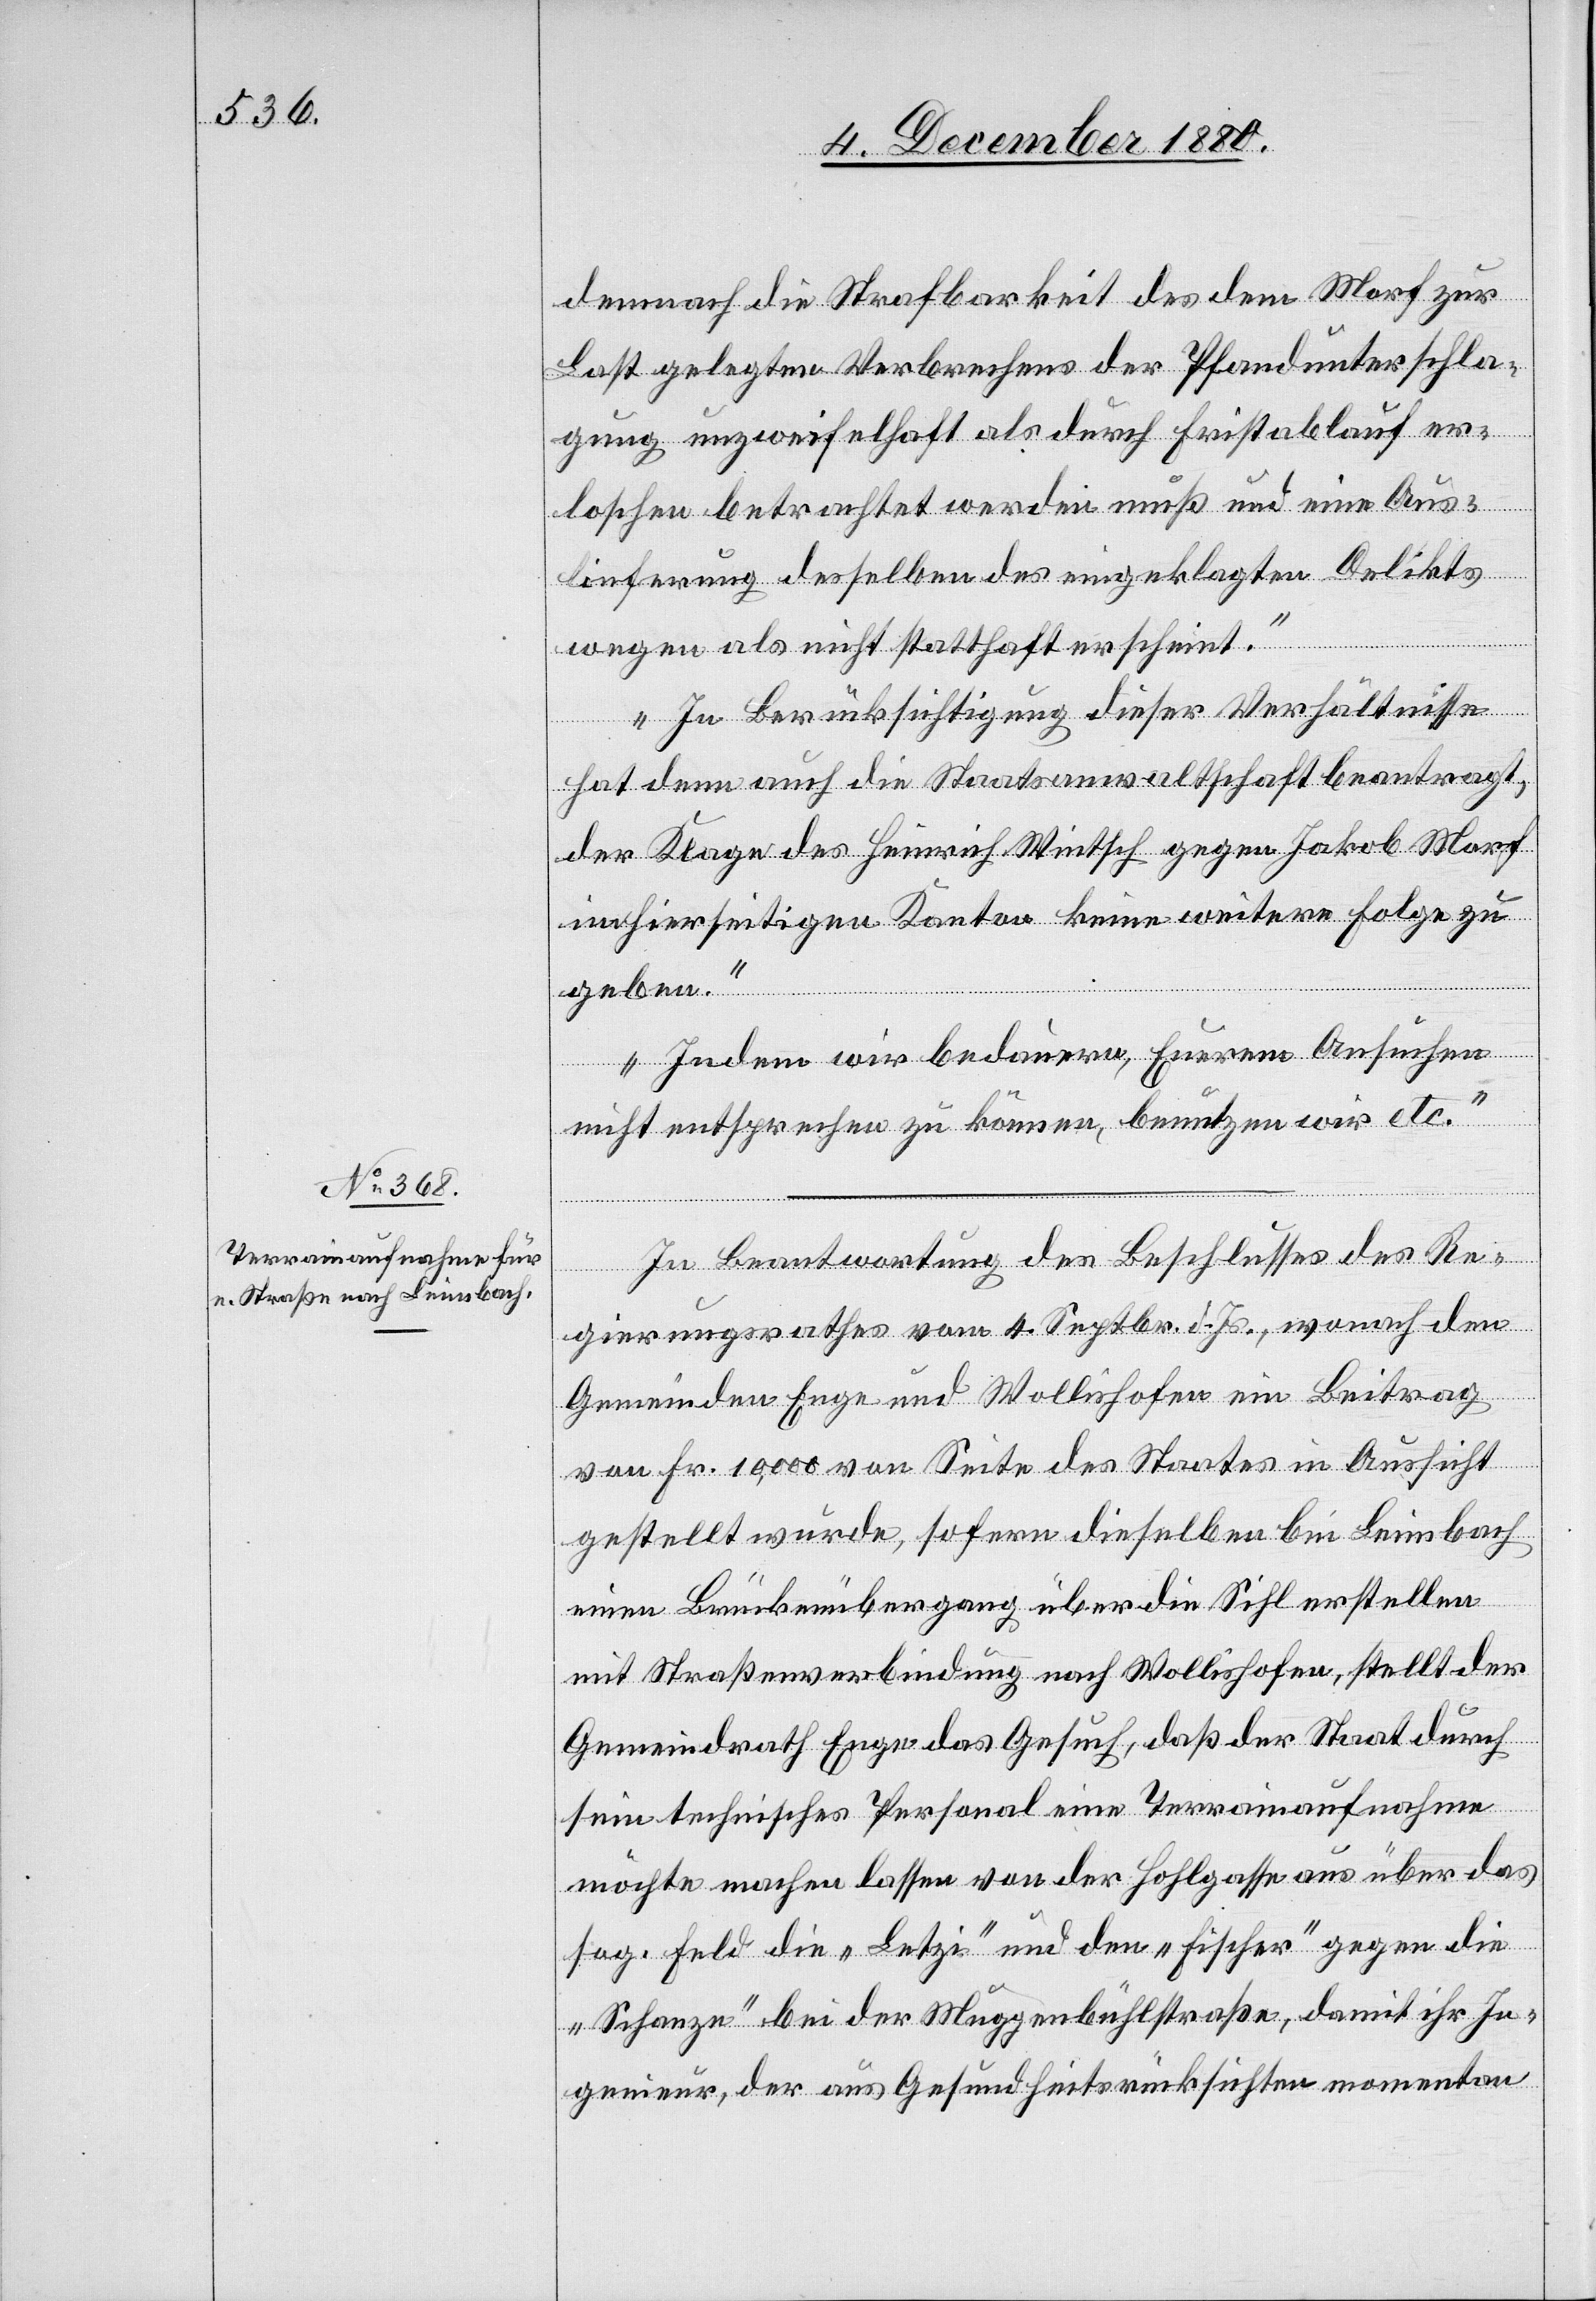
demnach die Strafbarkeit des dem Morf zur
Last gelegten Verbrechens der Pfandunterschla¬
gung unzweifelhaft als durch Fristablauf er¬
loschen betrachtet werden muß und eine Aus¬
lieferung desselben des eingeklagten Delikts
wegen als nicht statthaft erscheint.
In Berücksichtigung dieser Verhältnisse
hat denn auch die Staatsanwaltschaft beantragt,
der Klage des Heinrich Wintsch gegen Jakob Morf
im hierseitigen Kanton keine weitere Folge zu
geben.
Indem wir bedauern, Euerem Ansuchen
nicht entsprechen zu können, benutzen wir etc.“
In Beantwortung des Beschlusses des Re¬
gierungsrathes vom 4. Septbr. d. Js., wonach den
Gemeinden Enge und Wollishofen ein Beitrag
von Fr. 10,000 von Seite des Staates in Aussicht
gestellt wurde, sofern dieselben bei Leimbach
einen Brückenübergang über die Sihl erstellen
mit Straßenverbindung nach Wollishofen, stellt der
Gemeindrath Enge das Gesuch, daß der Staat durch
sein technisches Personal eine Terrainaufnahme
möchte machen lassen von der Hohlgasse aus über das
sog. Feld die „Letzi“ und den „Fischer“ gegen die
„Schanze“ bei der Muggenbühlstraße, damit ihr In¬
genieur, der aus Gesundheitsrücksichten momentan